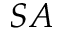
S A